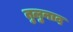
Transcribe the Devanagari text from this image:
तुलुनाद